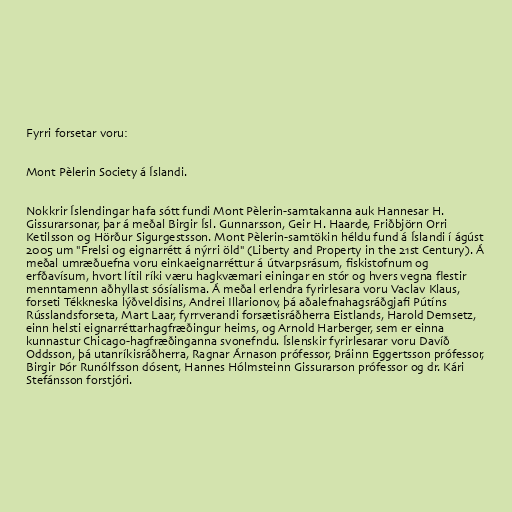
Fyrri forsetar voru:

Mont Pèlerin Society á Íslandi.

Nokkrir Íslendingar hafa sótt fundi Mont Pèlerin-samtakanna auk Hannesar H.
Gissurarsonar, þar á meðal Birgir Ísl. Gunnarsson, Geir H. Haarde, Friðbjörn Orri
Ketilsson og Hörður Sigurgestsson. Mont Pèlerin-samtökin héldu fund á Íslandi í ágúst
2005 um "Frelsi og eignarrétt á nýrri öld" (Liberty and Property in the 21st Century). Á
meðal umræðuefna voru einkaeignarréttur á útvarpsrásum, fiskistofnum og
erfðavísum, hvort lítil ríki væru hagkvæmari einingar en stór og hvers vegna flestir
menntamenn aðhyllast sósíalisma. Á meðal erlendra fyrirlesara voru Vaclav Klaus,
forseti Tékkneska lýðveldisins, Andrei Illarionov, þá aðalefnahagsráðgjafi Pútíns
Rússlandsforseta, Mart Laar, fyrrverandi forsætisráðherra Eistlands, Harold Demsetz,
einn helsti eignarréttarhagfræðingur heims, og Arnold Harberger, sem er einna
kunnastur Chicago-hagfræðinganna svonefndu. Íslenskir fyrirlesarar voru Davíð
Oddsson, þá utanríkisráðherra, Ragnar Árnason prófessor, Þráinn Eggertsson prófessor,
Birgir Þór Runólfsson dósent, Hannes Hólmsteinn Gissurarson prófessor og dr. Kári
Stefánsson forstjóri.